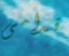
قدامى